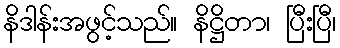
နိဒါန်းအဖွင့်သည်။ နိဋ္ဌိတာ၊ ပြီးပြီ၊